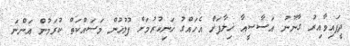
ދީފައިވާއިރު ގާނޫނު އަސާސީއާ ޚިލާފަށް އެހައްގު ހަނިކުރުމަށް ފުލުހުން މަސައްކަތް ކުރަމުން އަންނަ